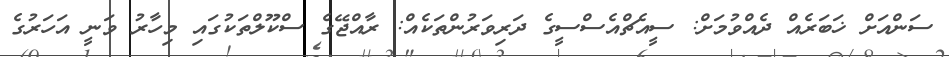
ސަންއަށް ޚަބަރެއް ދެއްވުމަށް: ސީއެޗްއެސްސީގެ ދަރިވަރުންތަކެއް: ރާއްޖޭގެ ސްކޫލްތަކުގައި މިހާރު ވަނީ އަހަރުގެ